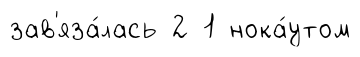
зав'яза́лась 2 1 нока́утом